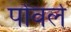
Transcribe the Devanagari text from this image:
पोंवर्ले